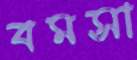
বমসা